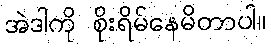
အဲဒါကို စိုးရိမ်နေမိတာပါ။